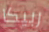
ربيكا